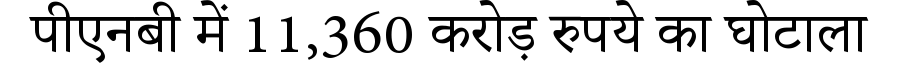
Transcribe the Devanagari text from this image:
पीएनबी में 11,360 करोड़ रुपये का घोटाला